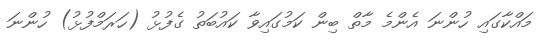
މައްކާގައި ހުންނަ އެންމެ މާތް ބިން ކަމުގައިވާ ކައުބަތު ގެފުޅު (ހަރަމްފުޅު) ހުންނަ